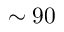
\sim 9 0